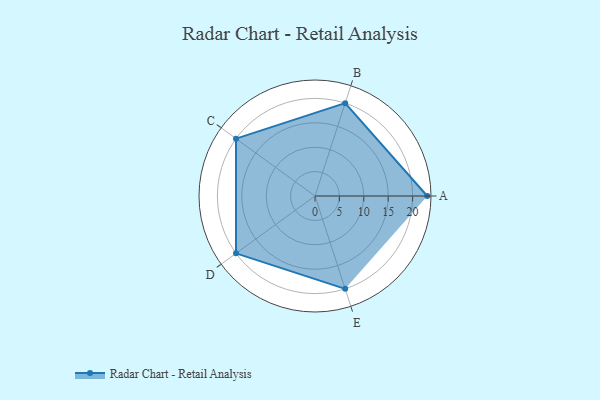
{"axis": {"x": "Skill", "y": "Score"}, "legend": ["Profile"], "data": [{"x": "A", "y": 23.0, "type": "Profile"}, {"x": "B", "y": 20, "type": "Profile"}, {"x": "C", "y": 20, "type": "Profile"}, {"x": "D", "y": 20, "type": "Profile"}, {"x": "E", "y": 20, "type": "Profile"}]}